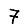
Digit: 7